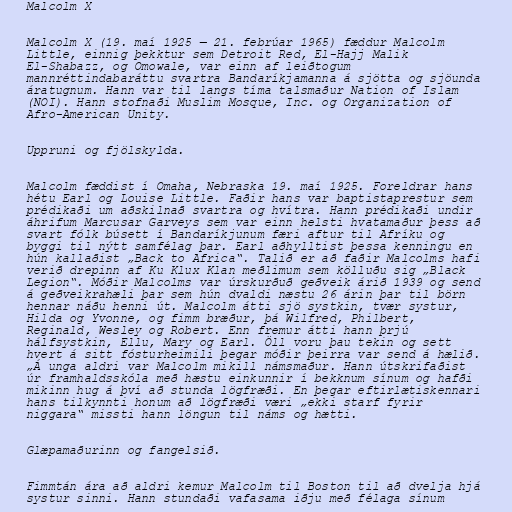
Malcolm X

Malcolm X (19. maí 1925 — 21. febrúar 1965) fæddur Malcolm
Little, einnig þekktur sem Detroit Red, El-Hajj Malik
El-Shabazz, og Omowale, var einn af leiðtogum
mannréttindabaráttu svartra Bandaríkjamanna á sjötta og sjöunda
áratugnum. Hann var til langs tíma talsmaður Nation of Islam
(NOI). Hann stofnaði Muslim Mosque, Inc. og Organization of
Afro-American Unity.

Uppruni og fjölskylda.

Malcolm fæddist í Omaha, Nebraska 19. maí 1925. Foreldrar hans
hétu Earl og Louise Little. Faðir hans var baptistaprestur sem
prédikaði um aðskilnað svartra og hvítra. Hann prédikaði undir
áhrifum Marcusar Garveys sem var einn helsti hvatamaður þess að
svart fólk búsett í Bandaríkjunum færi aftur til Afríku og
byggi til nýtt samfélag þar. Earl aðhylltist þessa kenningu en
hún kallaðist „Back to Africa“. Talið er að faðir Malcolms hafi
verið drepinn af Ku Klux Klan meðlimum sem kölluðu sig „Black
Legion“. Móðir Malcolms var úrskurðuð geðveik árið 1939 og send
á geðveikrahæli þar sem hún dvaldi næstu 26 árin þar til börn
hennar náðu henni út. Malcolm átti sjö systkin, tvær systur,
Hilda og Yvonne, og fimm bræður, þá Wilfred, Philbert,
Reginald, Wesley og Robert. Enn fremur átti hann þrjú
hálfsystkin, Ellu, Mary og Earl. Öll voru þau tekin og sett
hvert á sitt fósturheimili þegar móðir þeirra var send á hælið.
„Á unga aldri var Malcolm mikill námsmaður. Hann útskrifaðist
úr framhaldsskóla með hæstu einkunnir í bekknum sínum og hafði
mikinn hug á því að stunda lögfræði. En þegar eftirlætiskennari
hans tilkynnti honum að lögfræði væri „ekki starf fyrir
niggara“ missti hann löngun til náms og hætti.

Glæpamaðurinn og fangelsið.

Fimmtán ára að aldri kemur Malcolm til Boston til að dvelja hjá
systur sinni. Hann stundaði vafasama iðju með félaga sínum